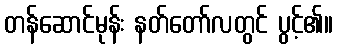
တန်ဆောင်မုန်း နတ်တော်လတွင် ပွင့်၏။